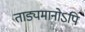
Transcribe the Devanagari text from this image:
ताड्यमानोऽपि